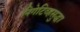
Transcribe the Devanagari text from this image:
निगेटिव्हसुद्धा